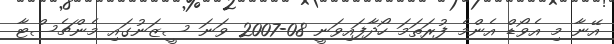
އޭނާ މި އެވޯޑް އެންމެ ފުރަތަމަ ހޯދާފައިވަނީ 08-2007 ވަނަ ސީޒަނުގައި މެންޗެސްޓާ